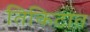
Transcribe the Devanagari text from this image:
तिकिटात